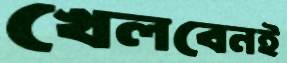
খেলবেনই